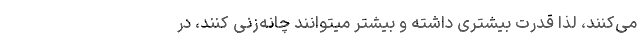
می‌کنند، لذا قدرت بیشتری داشته و بیشتر میتوانند چانه‌زنی کنند، در